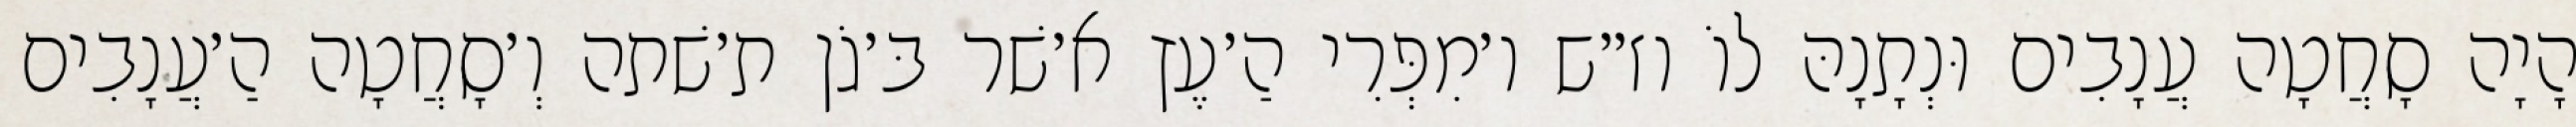
הָיָה סָחֲטָה עֲנָבִים וּנְתָנָהּ לוֹ וז״ש ו׳מִפְּרִי הַ׳עֶץ א׳שׁר בּ׳גֹן ת׳שׁתה וְ׳סָחֲטָה הַ׳עֲנָבִים